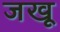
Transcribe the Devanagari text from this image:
जखू